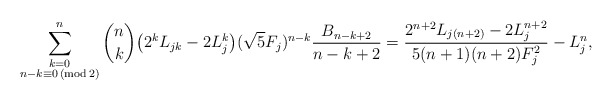
\begin{align*} \sum_{\substack{k=0 \\ n - k \equiv 0 \,(\mathrm {mod} \,2)}}^n \binom{n}{k} \big ( 2^k L_{jk} - 2 L_j^k \big ) (\sqrt{5} F_j)^{n-k} \frac{B_{n-k+2}}{n-k+2}= \frac{2^{n+2}L_{j(n+2)}-2L_j^{n+2}}{5(n+1)(n+2)F_j^2} - L_j^n, \end{align*}